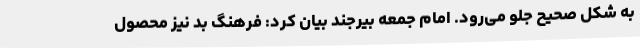
به شکل صحیح جلو می‌رود. امام جمعه بیرجند بیان کرد: فرهنگ بد نیز محصول